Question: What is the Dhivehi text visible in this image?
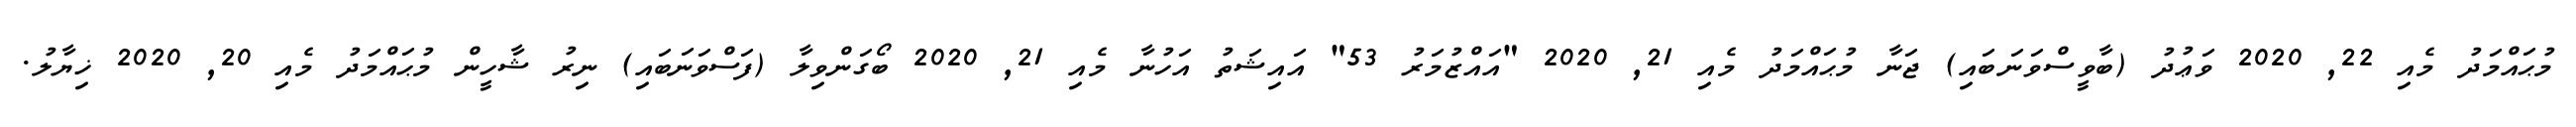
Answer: މުޙައްމަދު މެއި 22, 2020 ވަޢުދު (ބާވީސްވަނަބައި) ޖަނާ މުޙައްމަދު މެއި 21, 2020 "އައްޒުމަރު 53" އައިޝަތު އަހުނާ މެއި 21, 2020 ބޯގަންވިލާ (ފަސްވަނަބައި) ނިރު ޝާހީން މުޙައްމަދު މެއި 20, 2020 ޚިޔާލު.